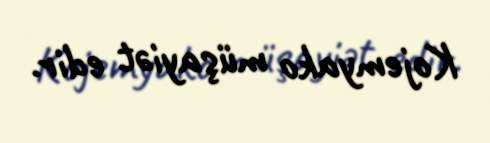
Kojemyako müşayiət edir.